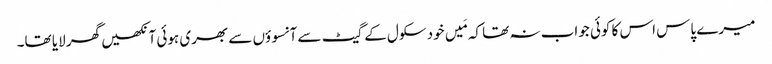
میرے پاس اس کا کوئی جواب نہ تھا کہ مَیں خود سکول کے گیٹ سے آنسوؤں سے بھری ہوئی آنکھیں گھر لایا تھا۔